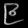
Digit: ၉